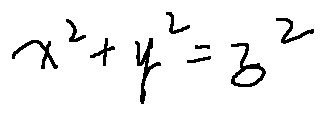
x ^ { 2 } + y ^ { 2 } = z ^ { 2 }